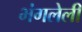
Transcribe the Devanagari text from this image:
भंगलेली